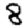
Digit: 8